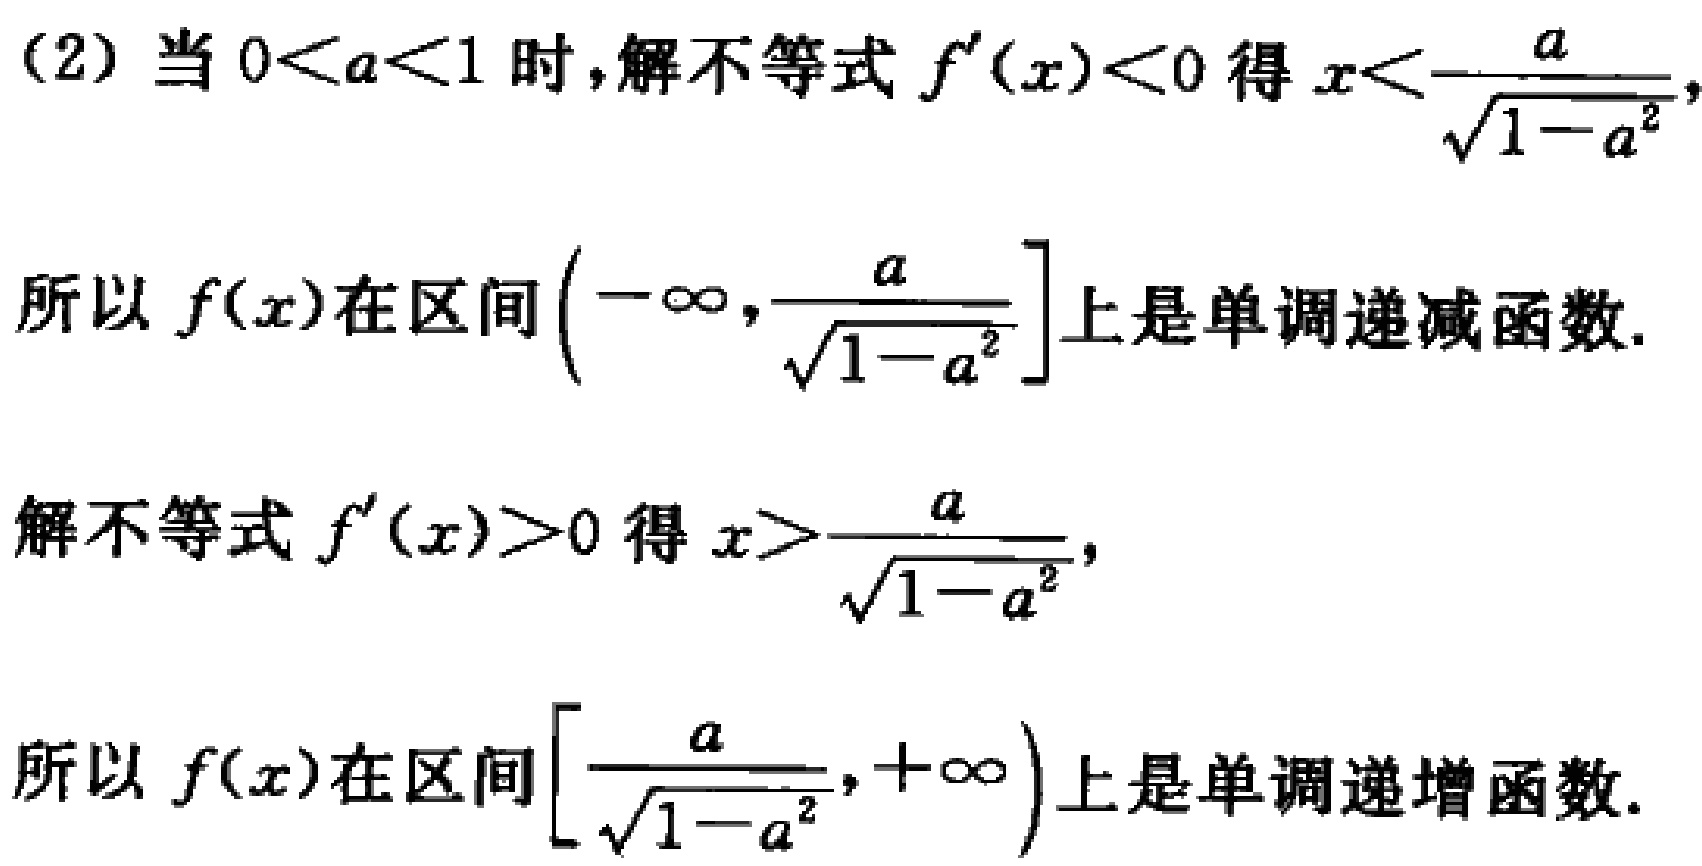
(2) 当 \(0 < a < 1\) 时，解不等式 \(f^{\prime}(x)<0\) 得 \(x<\frac{a}{\sqrt{1 - a^{2}}}\)，
所以 \(f(x)\) 在区间 \(\left(-\infty,\frac{a}{\sqrt{1 - a^{2}}}\right]\) 上是单调递减函数.

解不等式 \(f^{\prime}(x)>0\) 得 \(x>\frac{a}{\sqrt{1 - a^{2}}}\)，
所以 \(f(x)\) 在区间 \(\left[\frac{a}{\sqrt{1 - a^{2}}},+\infty\right)\) 上是单调递增函数.